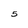
Character: 5